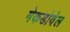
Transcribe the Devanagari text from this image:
मेकडोवेल